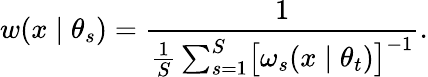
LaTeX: w(x\mid\theta_{s})=\frac{1}{\frac{1}{S}\sum_{s=1}^{S}\bigl[\omega_{s}(x\mid\theta_{t})\bigr]^{-1}}.